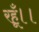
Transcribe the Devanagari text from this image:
रहूँ।।